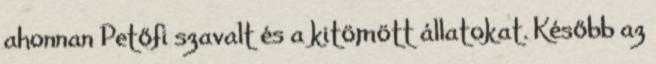
ahonnan Petőfi szavalt és a kitömött állatokat. Később az